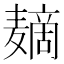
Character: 𱋪